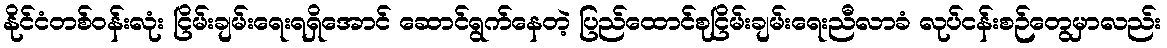
နိုင်ငံတစ်ဝန်းလုံး ငြိမ်းချမ်းရေးရရှိအောင် ဆောင်ရွက်နေတဲ့ ပြည်ထောင်စုငြိမ်းချမ်းရေးညီလာခံ လုပ်ငန်းစဉ်တွေမှာလည်း